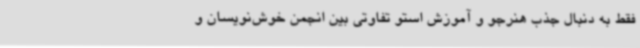
فقط به دنبال جذب هنرجو و آموزش استو تفاوتی بین انجمن خوش‌نویسان و